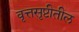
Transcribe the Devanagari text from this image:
वृत्तसृष्टीतील